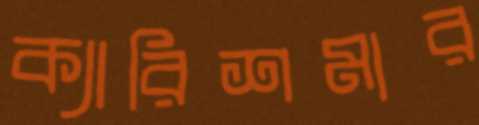
ক্যারিশমার